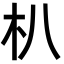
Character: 朳